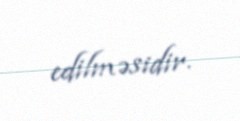
edilməsidir.